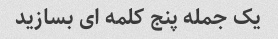
یک جمله پنج کلمه ای بسازید